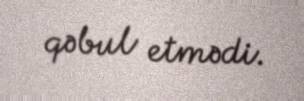
qəbul etmədi.